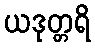
ယဒုတ္တရိ